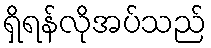
ရှိရန်လိုအပ်သည်